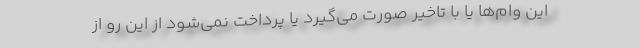
این وام‌ها یا با تاخیر صورت می‌گیرد یا پرداخت نمی‌شود از این رو از